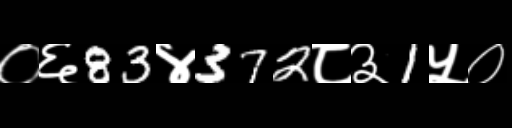
Text: ०६83४372८३1५०